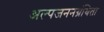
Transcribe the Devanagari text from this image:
अल्पजननग्रंथिता